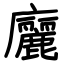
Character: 廲